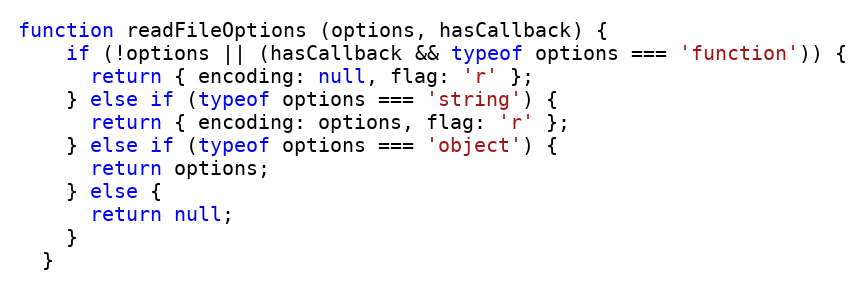
Language: JavaScript
function readFileOptions (options, hasCallback) {
    if (!options || (hasCallback && typeof options === 'function')) {
      return { encoding: null, flag: 'r' };
    } else if (typeof options === 'string') {
      return { encoding: options, flag: 'r' };
    } else if (typeof options === 'object') {
      return options;
    } else {
      return null;
    }
  }